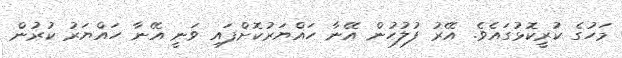
މަހުގެ ކުރީކޮޅުގައެވެ. އޭރު ފުލުހުން އޭނާ ހައްޔަރުކޮށްފައި ވަނީ އޭނާ ހައްޔަރު ކުރުން